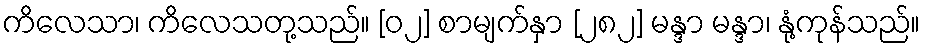
ကိလေသာ၊ ကိလေသတု့သည်။ [၀၂] စာမျက်နှာ [၂၈၂] မန္ဒာ မန္ဒာ၊ နုံ့ကုန်သည်။